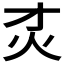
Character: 𰝸